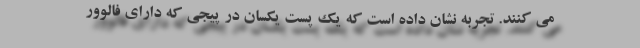
می کنند. تجربه نشان داده است که یک پست یکسان در پیجی که دارای فالوور